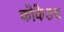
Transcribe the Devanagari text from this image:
कोकेशस